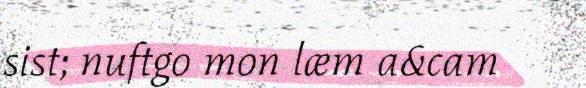
sist; nuftgo mon læm a&cam